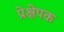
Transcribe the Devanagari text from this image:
प्रेक्षेपक